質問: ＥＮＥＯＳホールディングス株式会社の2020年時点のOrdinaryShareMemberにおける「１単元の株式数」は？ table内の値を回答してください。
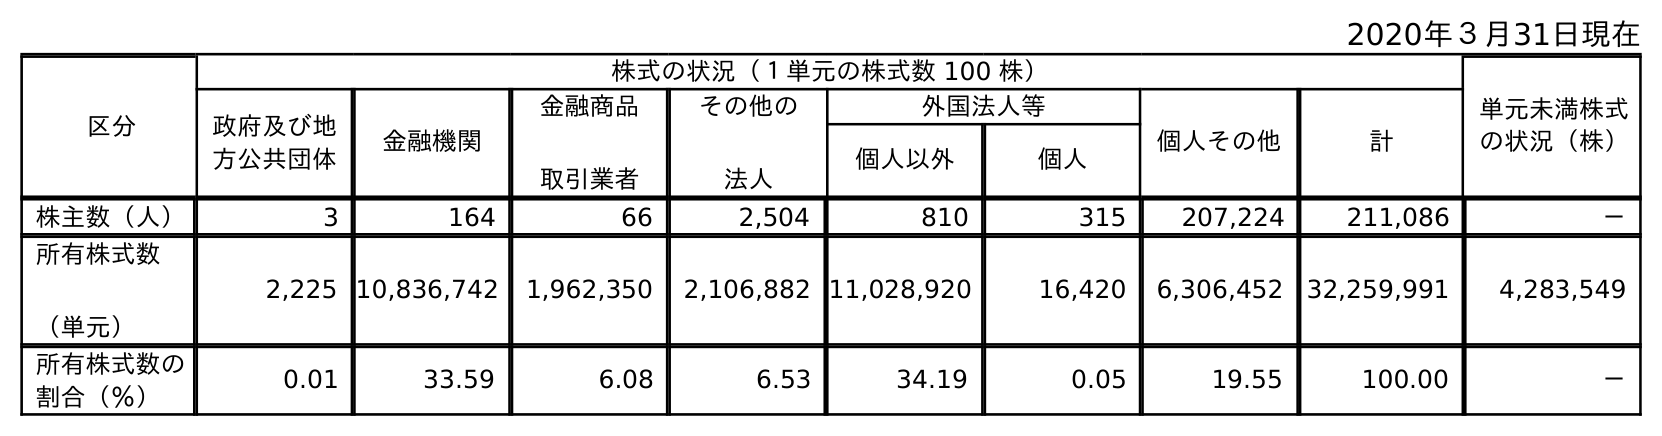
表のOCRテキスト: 2020年３月31日現在 区分 株式の状況（１単元の株式数 100 株） 単元未満株式 の状況（株） 政府及び地 方公共団体 金融機関 金融商品 取引業者 その他の 法人 外国法人等 個人その他 計 個人以外 個人 株主数（人） 3 164 66 2,504 810 315 207,224 211,086 － 所有株式数 （単元） 2,225 10,836,742 1,962,350 2,106,882 11,028,920 16,420 6,306,452 32,259,991 4,283,549 所有株式数の 割合（％） 0.01 33.59 6.08 6.53 34.19 0.05 19.55 100.00 －
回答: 株式の状況（１単元の株式数100株）